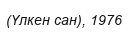
(Үлкен сан), 1976